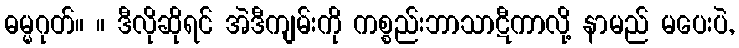
ဓမ္မဂုတ်။ ။ ဒီလိုဆိုရင် အဲဒီကျမ်းကို ကစ္စည်းဘာသာဋီကာလို့ နာမည် မပေးပဲ,